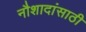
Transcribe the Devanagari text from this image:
नौशादांसाठी